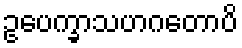
ဥပေက္ခာသဟဂတောပိ